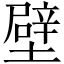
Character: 壁